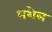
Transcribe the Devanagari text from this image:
भशेल